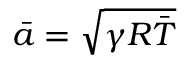
\bar { a } = \sqrt { \gamma R \bar { T } }